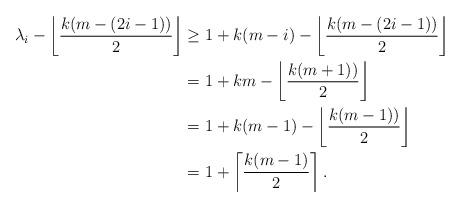
LaTeX: \begin{align*}\lambda_i - \left \lfloor \frac{k(m-(2i-1))}{2} \right \rfloor &\geq 1+k(m-i) - \left \lfloor \frac{k(m-(2i-1))}{2} \right \rfloor \\&= 1+km - \left \lfloor \frac{k(m+1))}{2} \right \rfloor \\&= 1+k(m-1) - \left \lfloor \frac{k(m-1))}{2} \right \rfloor \\&= 1 + \left \lceil \frac{k(m-1)}{2} \right \rceil.\end{align*}